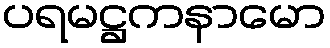
ပရမဋ္ဌကနာမော